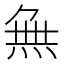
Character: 𭴾